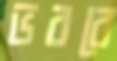
ভরবে